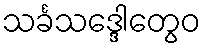
သင်္ခသဒ္ဒေါတွေဝ